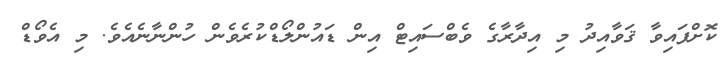
ކޮށްފައިވާ ޤަވާއިދު މި އިދާރާގެ ވެބްސައިޓް އިން ޑައުންލޯޑްކުރެވެން ހުންނާނެއެވެ. މި އެވޯޑް